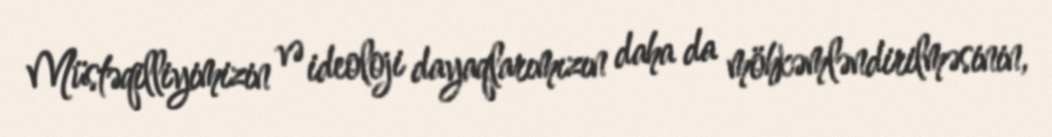
Müstəqilliyimizin və ideoloji dayaqlarımızın daha da möhkəmləndirilməsinin,